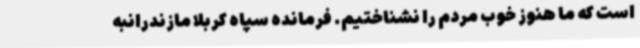
است که ما هنوز خوب مردم را نشناختیم. فرمانده سپاه کربلا مازندرانبه